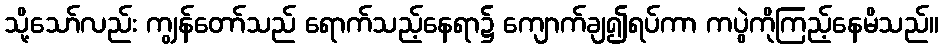
သို့သော်လည်း ကျွန်တော်သည် ရောက်သည့်နေရာ၌ ကျောက်ချ၍ရပ်ကာ ကပွဲကိုကြည့်နေမိသည်။